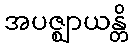
အပဇ္ဈာယန္တိ